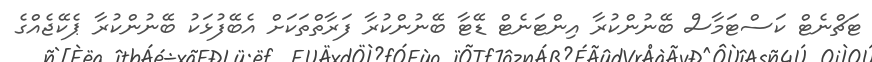
ޓަޗްނެޓް ކަސްޓަމާސް ބޭނުންކުރާ އިންޓަނެޓް ޑޭޓާ ބޭނުންކުރާ ފަރާތްތަކަށް އެބޭފުޅަކު ބޭނުންކުރާ ޕެކޭޖެއްގެ